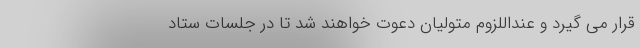
قرار می گیرد و عنداللزوم متولیان دعوت خواهند شد تا در جلسات ستاد